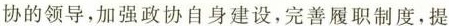
协的领导，加强政协自身建设，完善履职制度，提